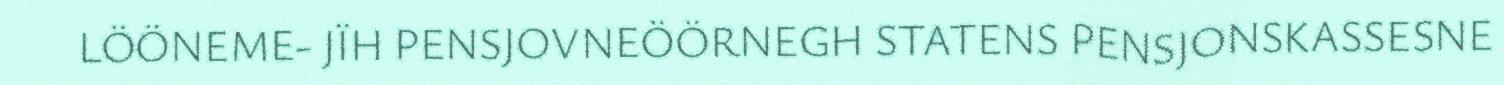
LÖÖNEME- JÏH PENSJOVNEÖÖRNEGH STATENS PENSJONSKASSESNE